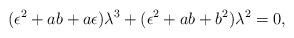
LaTeX: \begin{align*}(\epsilon^{2} + ab + a\epsilon) \lambda^{3}+ (\epsilon^{2}+ab+ b^{2})\lambda^{2} =0,\end{align*}